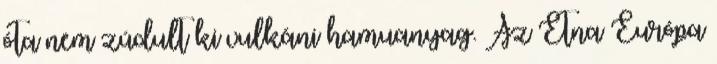
óta nem zúdult ki vulkáni hamuanyag. Az Etna Európa